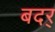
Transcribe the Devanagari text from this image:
बदर्